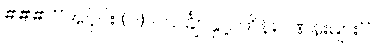
### **အပိုင်း (၂) - သင်္ချာနှင့် ကိန်းဂဏန်းများ**